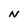
Character: N